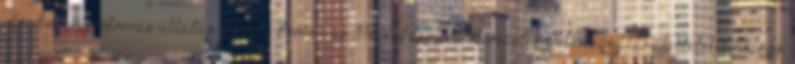
idő. Emberierőforrás-ellátás Emberi Erőforrás Menedzsment Bevezetés Felhasználási feltételek Ugrás